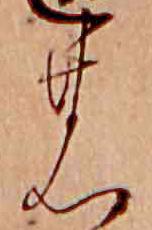
の